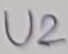
Text: U2